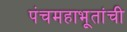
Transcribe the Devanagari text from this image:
पंचमहाभूतांची